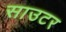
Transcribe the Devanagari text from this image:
साउटर